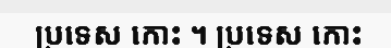
ប្រទេស កោះ ។ ប្រទេស កោះ